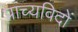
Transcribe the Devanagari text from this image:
प्राच्यविदों